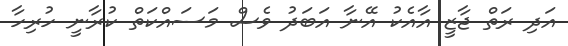
އަދި ރަތް ޖާޒީ އާއެކު އޭނާ އަބަދު ވެސް މަސައްކަތް ކުރާނީ ހުރިހާ